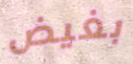
بغيض